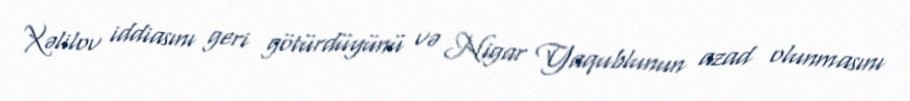
Xəlilov iddiasını geri götürdüyünü və Nigar Yaqublunun azad olunmasını